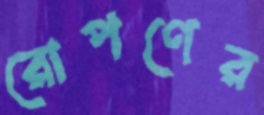
রোপণের